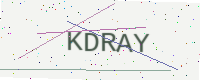
Text: KDRAY